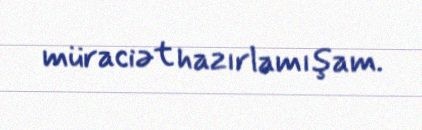
müraciət hazırlamışam.